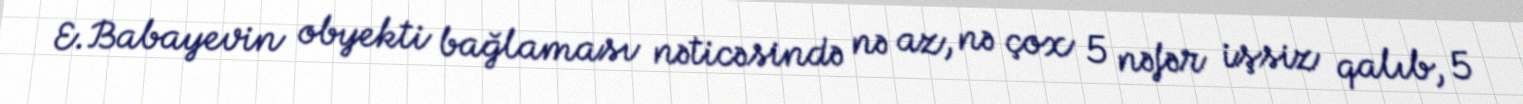
E.Babayevin obyekti bağlaması nəticəsində nə az, nə çox 5 nəfər işsiz qalıb, 5